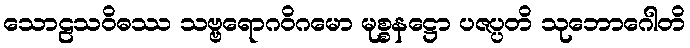
သောဠသဝိဓဿ သဗ္ဗရောဂဝိဂမော မုစ္စနဋ္ဌော ပဇပ္ပတိ သုဘောဂေါတိ